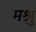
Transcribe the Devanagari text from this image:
मश्रु